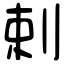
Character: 剌